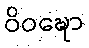
ဝိဝဍ္ဎော